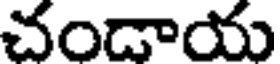
చండాయ